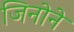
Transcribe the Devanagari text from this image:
जिनोने